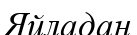
Яйладан